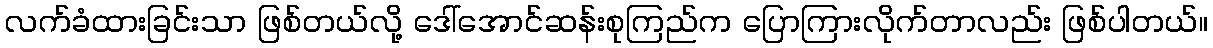
လက်ခံထားခြင်းသာ ဖြစ်တယ်လို့ ဒေါ်အောင်ဆန်းစုကြည်က ပြောကြားလိုက်တာလည်း ဖြစ်ပါတယ်။